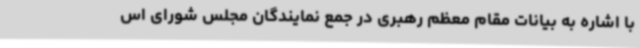
با اشاره به بیانات مقام معظم رهبری در جمع نمایندگان مجلس شورای اس